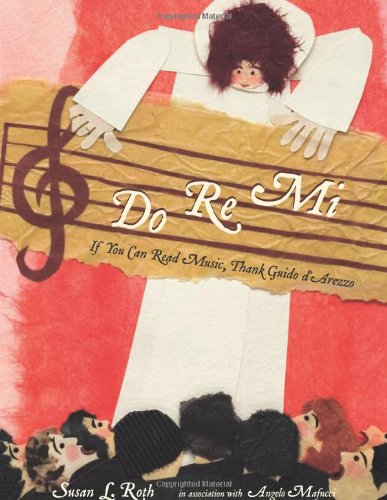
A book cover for Do Re Mi: If You Can Read Music, Thank Guido D'Arezzo; Susan Roth; Children's Books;